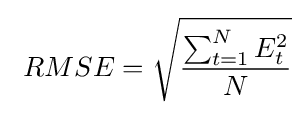
\ RMSE={\sqrt {\frac {\sum _{t=1}^{N}{E_{t}^{2}}}{N}}}